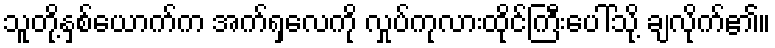
သူတို့နှစ်ယောက်က အက်ရှလေကို လှုပ်ကုလားထိုင်ကြီးပေါ်သို့ ချလိုက်၏။